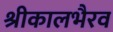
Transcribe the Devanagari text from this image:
श्रीकालभैरव